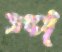
স্প